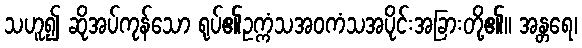
သဟူ၍ ဆိုအပ်ကုန်သော ရုပ်၏ဥက္ကံသအဝကံသအပိုင်းအခြားတို့၏။ အန္တရေ၊